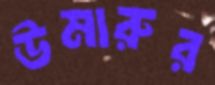
উমারুর